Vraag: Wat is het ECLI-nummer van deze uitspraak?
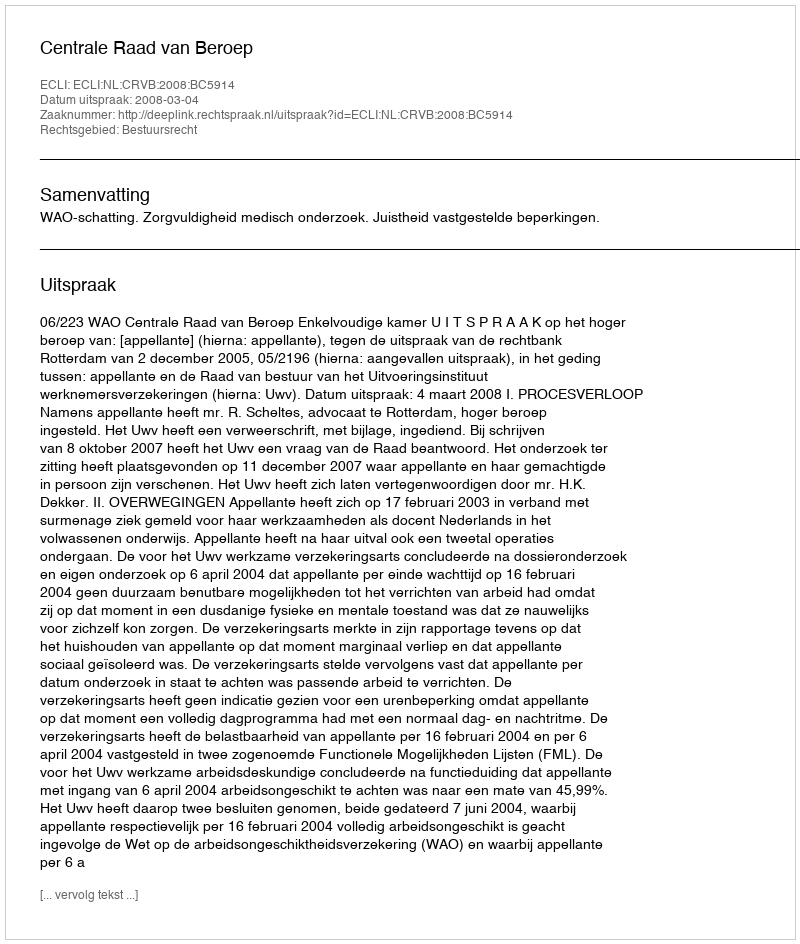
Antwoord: ECLI:NL:CRVB:2008:BC5914